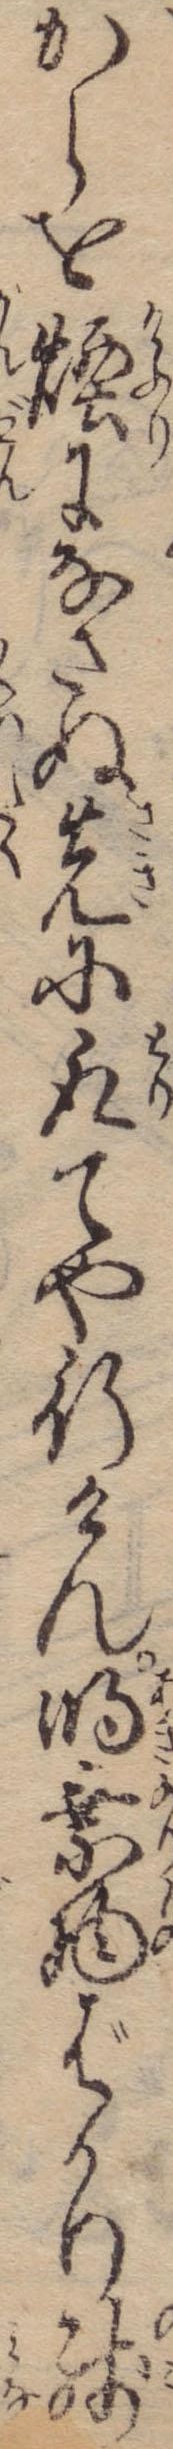
からを煙になさぬ先に取てや行けん明乗物ばかり残